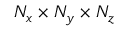
N _ { x } \times N _ { y } \times N _ { z }